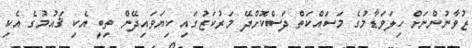
ޒުވާނުންނަށް ހިލަވަޑާމުގެ މަަސައްކަތް ދަސްކޮށްދޭ މަރުކަޒުގައި ކިޔަވައިދޭން ތިބީ އެކި ޤައުމުގެ އެކި